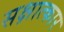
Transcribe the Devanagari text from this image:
सक्षात्कार